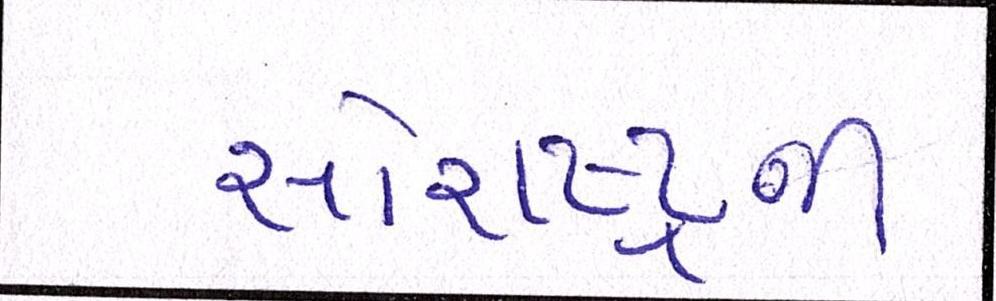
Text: સૌરાષ્ટ્રની